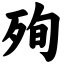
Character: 殉